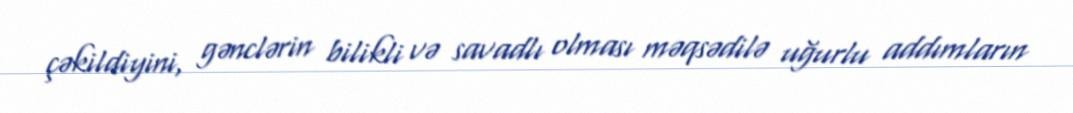
çəkildiyini, gənclərin bilikli və savadlı olması məqsədilə uğurlu addımların